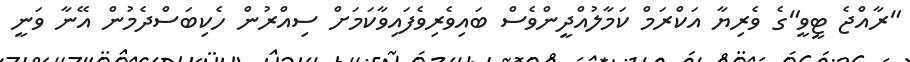
"ރާއްޖެ ޓީވީ"ގެ ވެރިޔާ އަކްރަމް ކަމާލުއްދީންވެސް ބައިވެރިވެފައިވާކަމަށް ސިއްރުން ހެކިބަސްދެމުން އޭނާ ވަނީ